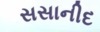
સસાનીદ